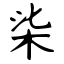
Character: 柒